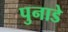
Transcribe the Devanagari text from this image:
पुनाडे